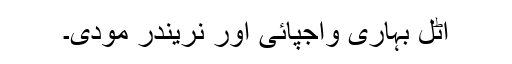
اٹل بہاری واجپائی اور نریندر مودی۔